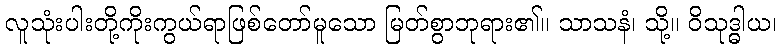
လူသုံးပါးတို့ကိုးကွယ်ရာဖြစ်တော်မူသော မြတ်စွာဘုရား၏။ သာသနံ၊ သို့။ ဝိသုဒ္ဓါယ၊